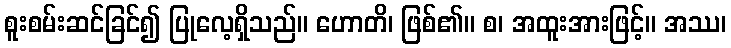
စူးစမ်းဆင်ခြင်၍ ပြုလေ့ရှိသည်။ ဟောတိ၊ ဖြစ်၏။ စ၊ အထူးအားဖြင့်။ အဿ၊